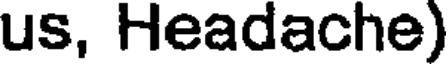
us, Headache)